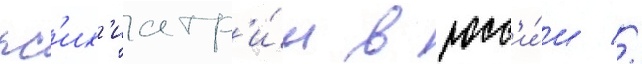
пс'их'иатр'и́и в росс'и́и //